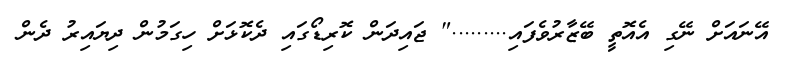
އޭނައަށް ނޭގި އެއޮތީ ބޭޒާރުވެފައި........." ޖައިދަން ކޮރިޑޯގައި ދެކޮޅަށް ހިގަމުން ދިޔައިރު ދެން